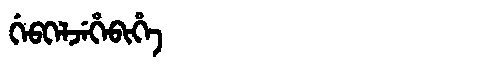
Manchu: ᡤᡝᠪᡴᡝᠯᠵᡝᡥᡝᠪᡳᡥᡝ
Romanization: GEBKELJEHEBIHE